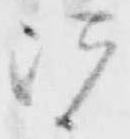
皆